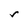
Character: r